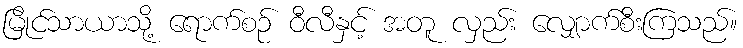
မြိုင်သာယာသို့ ရောက်စဉ် ဝီလီနှင့် အတူ လှည်း လျှောက်စီးကြသည်။